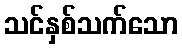
သင်နှစ်သက်သော